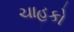
ચાહકો